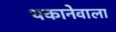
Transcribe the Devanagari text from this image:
थकानेवाला